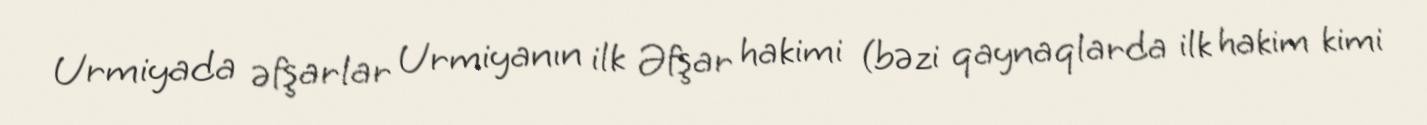
Urmiyada əfşarlar Urmiyanın ilk Əfşar hakimi (bəzi qaynaqlarda ilk hakim kimi